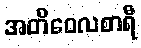
အတိဝေလစာရီ